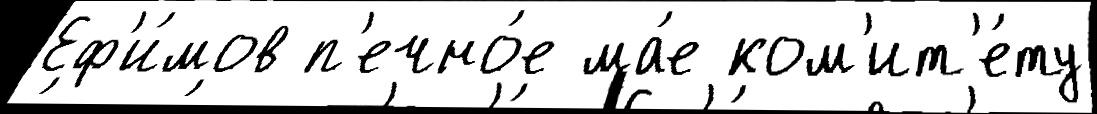
Еф'и́мов п'ечно́е ма́е ком'ит'е́ту